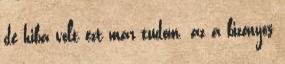
de hiba volt ezt már tudom. az a bizonyos